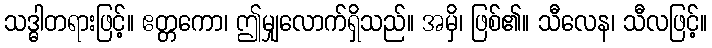
သဒ္ဓါတရားဖြင့်။ ဧတ္တကော၊ ဤမျှလောက်ရှိသည်။ အမှိ၊ ဖြစ်၏။ သီလေန၊ သီလဖြင့်။